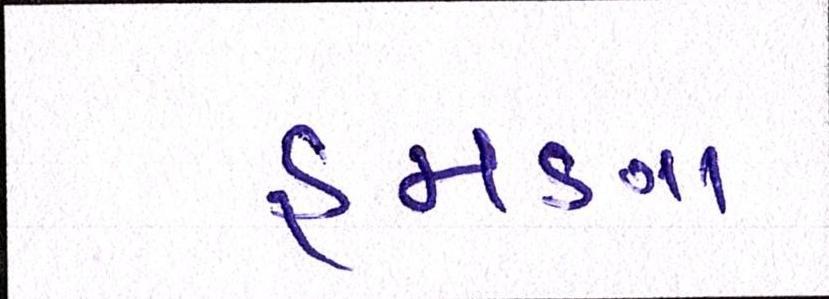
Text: હમણા